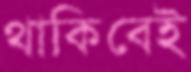
থাকিবেই